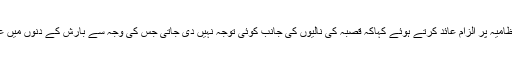
مقامی لوگوں نے میونسپل کمیٹی اور مقامی انتظامیہ پر الزام عائد کرتے ہوئے کہاکہ قصبہ کی نالیوں کی جانب کوئی توجہ نہیں دی جاتی جس کی وجہ سے بارش کے دنوں میں عام لوگوں کو مشکلا ت کا سامنا کرنا پڑتا ہے ۔